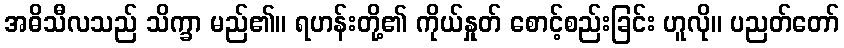
အဓိသီလသည် သိက္ခာ မည်၏။ ရဟန်းတို့၏ ကိုယ်နှုတ် စောင့်စည်းခြင်း ဟူလို။ ပညတ်တော်